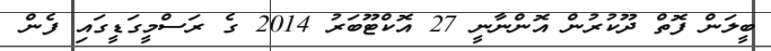
ބީލަން ފޮތް ދޫކުރުން އޮންނާނީ 27 އޮކްޓޫބަރު 2014 ގެ ރަސްމީގަޑީގައި ފެން